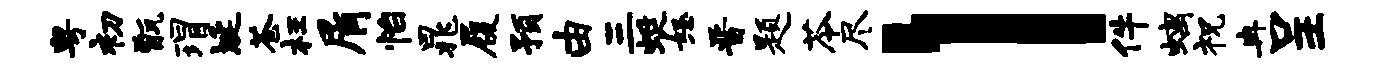
粤初甑瑁埏苍枉屑怡晁履预由三蜓怒晋题苓尽l件螭祝冉呈